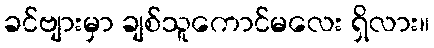
ခင်ဗျားမှာ ချစ်သူကောင်မလေး ရှိလား။